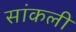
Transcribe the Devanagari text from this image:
सांकली